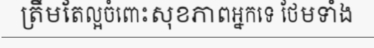
ត្រឹមតែល្អចំពោះសុខភាពអ្នកទេ ថែមទាំង